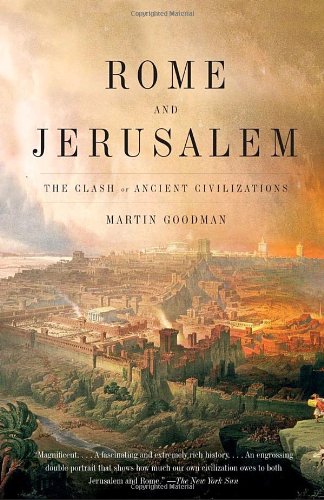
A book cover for Rome and Jerusalem: The Clash of Ancient Civilizations; Martin Goodman; History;